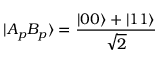
| A _ { p } B _ { p } \rangle = { \frac { | 0 0 \rangle + | 1 1 \rangle } { \sqrt { 2 } } }